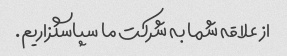
از علاقه شما به شرکت ما سپاسگزاریم.